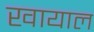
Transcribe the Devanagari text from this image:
खायाल